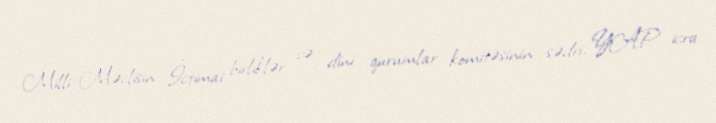
Milli Məclisin İctimai birliklər və dini qurumlar komitəsinin sədri, YAP icra